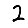
Digit: 2